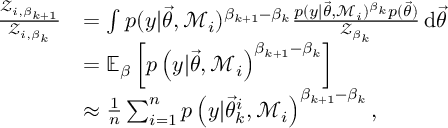
\begin{array} { r l } { \frac { \mathcal { Z } _ { i , \beta _ { k + 1 } } } { \mathcal { Z } _ { i , \beta _ { k } } } } & { = \int p ( y | \ensuremath { \vec { \theta } } , \mathcal { M } _ { i } ) ^ { \beta _ { k + 1 } - \beta _ { k } } \frac { p ( y | \ensuremath { \vec { \theta } } , \mathcal { M } _ { i } ) ^ { \beta _ { k } } p ( \ensuremath { \vec { \theta } } ) } { \mathcal { Z } _ { \beta _ { k } } } \, \mathrm { d } \ensuremath { \vec { \theta } } } \\ & { = \mathbb { E } _ { \beta } \left[ p \left( y \vert \ensuremath { \vec { \theta } } , \mathcal { M } _ { i } \right) ^ { \beta _ { k + 1 } - \beta _ { k } } \right] } \\ & { \approx \frac { 1 } { n } \sum _ { i = 1 } ^ { n } p \left( y \vert \ensuremath { \vec { \theta } } _ { k } ^ { i } , \mathcal { M } _ { i } \right) ^ { \beta _ { k + 1 } - \beta _ { k } } , } \end{array}